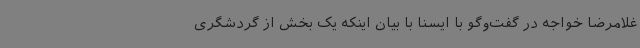
غلامرضا خواجه در گفت‌وگو با ایسنا با بیان اینکه یک بخش از گردشگری